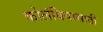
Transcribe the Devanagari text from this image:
कोलंबियासाठी